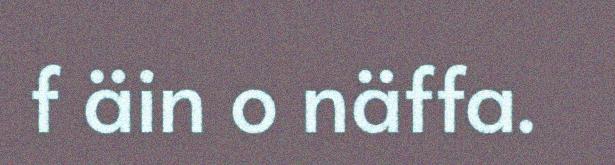
f äin o näffa.